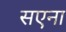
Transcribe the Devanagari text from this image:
सएना